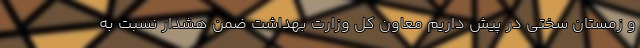
و زمستان سختی در پیش داریم معاون کل وزارت بهداشت ضمن هشدار نسبت به